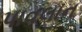
પાવલાન